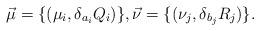
LaTeX: \begin{align*} \vec{\mu} = \{(\mu_i, \delta_{a_i}Q_i) \}, \vec{\nu}= \{ (\nu_j, \delta_{b_j}R_j) \}.\end{align*}